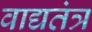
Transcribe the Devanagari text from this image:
वाद्यतंत्र